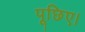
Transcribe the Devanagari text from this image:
पूछिए।